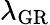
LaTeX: \lambda_{\mathrm{GR}}